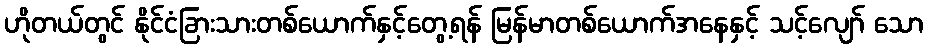
ဟိုတယ်တွင် နိုင်ငံခြားသားတစ်ယောက်နှင့်တွေ့ရန် မြန်မာတစ်ယောက်အနေနှင့် သင့်လျော် သော